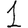
Digit: 1